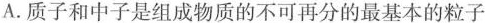
A.质子和中子是组成物质的不可再分的最基本的粒子